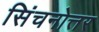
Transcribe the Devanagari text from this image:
सिंचनोत्तर